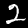
Digit: 2